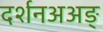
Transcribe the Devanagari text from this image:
दर्शनअअङ्